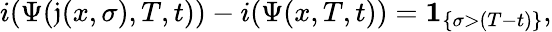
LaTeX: i(\Psi(\mathfrak{j}(x,\sigma),T,t))-i(\Psi(x,T,t))=\mathbf{1}_{\left\{ \sigma>(T-t)\right\} },